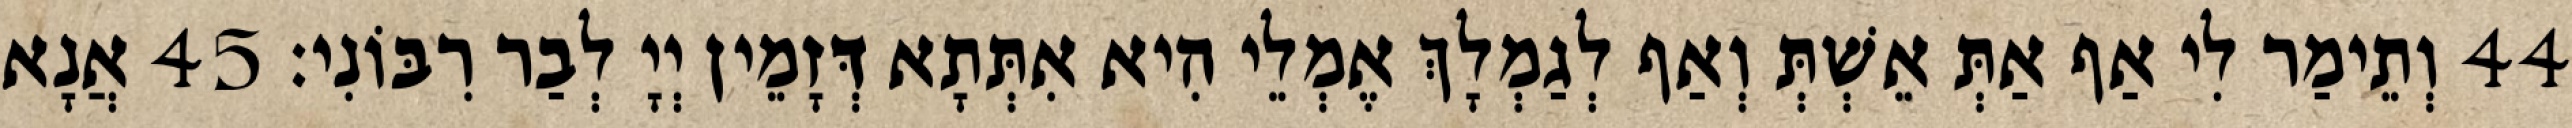
44 וְתֵימַר לִי אַף אַתְּ אֵשְׁתְּ וְאַף לְגַמְלָךְ אֶמְלֵי הִיא אִתְּתָא דְּזָמֵין יְיָ לְבַר רִבּוֹנִי׃ 45 אֲנָא